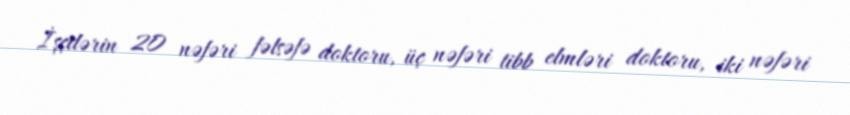
İşçilərin 20 nəfəri fəlsəfə doktoru, üç nəfəri tibb elmləri doktoru, iki nəfəri